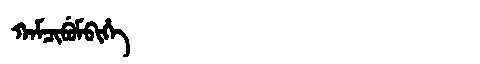
Manchu: ᡴᠠᠮᠴᡳᠪᡠᠮᠪᡳᡥᡝ
Romanization: KAMCIBUMBIHE